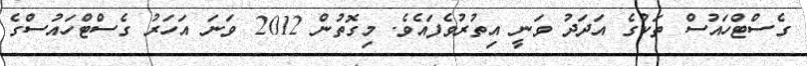
ގެސްޓްހައުސް ތަކުގެ އަދަދު ވަނީ އިތުރުވެފައެވެ. މިގޮތުން 2012 ވަނަ އަހަރު ގެސްޓްހައުސްގެ